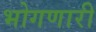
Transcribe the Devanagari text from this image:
भोगणारी